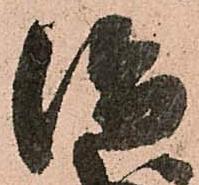
治